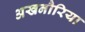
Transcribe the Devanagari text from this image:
अखनौरिया